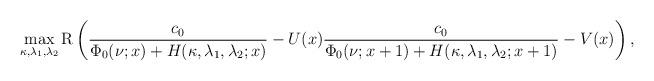
\begin{align*}\max_{\kappa,\lambda_{1},\lambda_{2}}\mathrm{R}\left(\frac{c_0}{\Phi_0(\nu;x)+H(\kappa,\lambda_1,\lambda_2;x)}-U(x)\frac{c_0}{\Phi_0(\nu;x+1)+H(\kappa,\lambda_1,\lambda_2;x+1)}-V(x)\right),\end{align*}